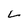
Character: L